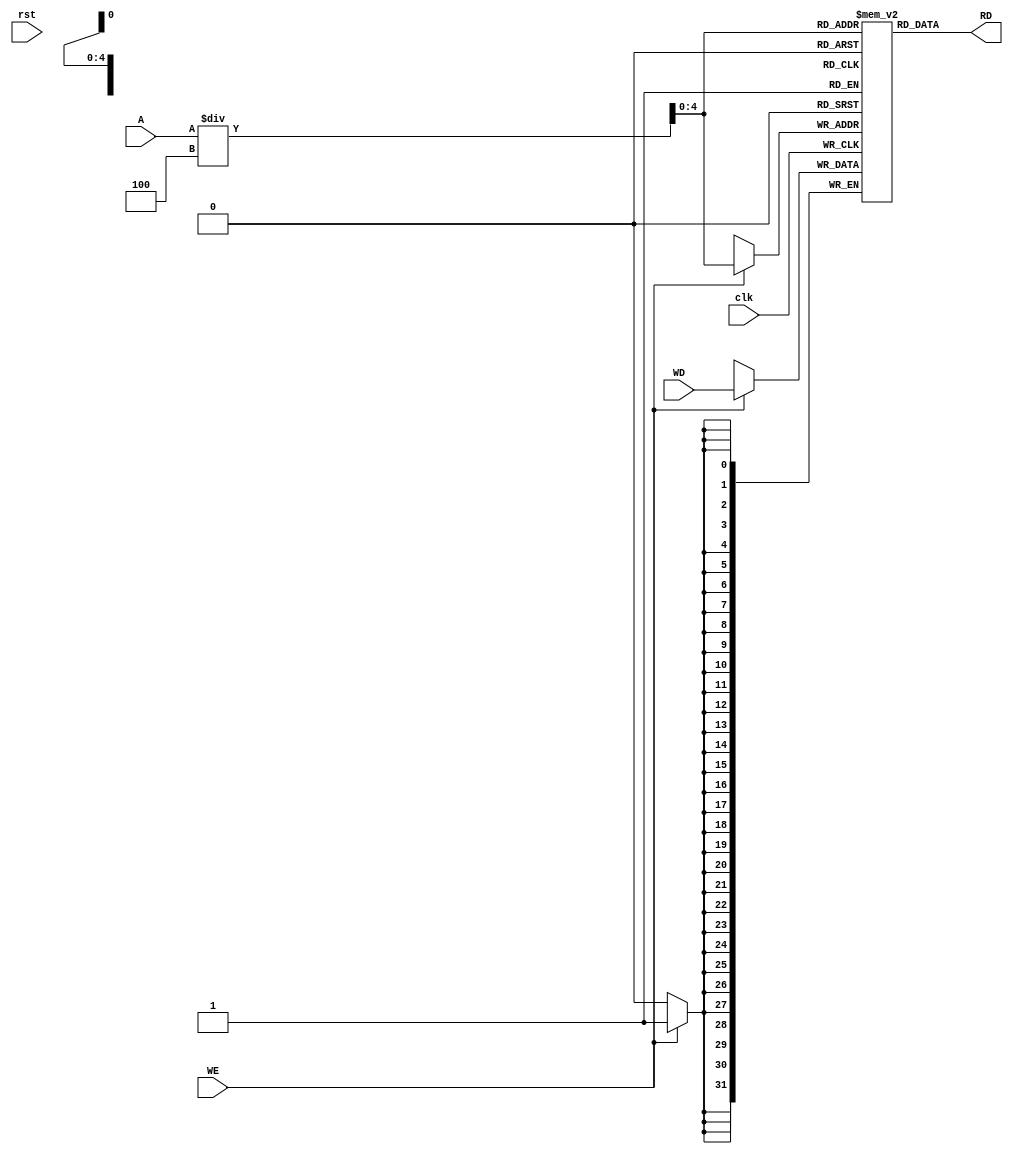
module datamem (
    input [31:0] WD,
    input [31:0] A,
    input clk,WE,rst,
    output reg [31:0] RD
);
    reg [31:0] Data_Mem [0:31];
initial begin
       Data_Mem[0] <= 32'h0x00000005;
       Data_Mem[1] <= 32'h0xFFFFFFFB; //32'hFFC4A303; 0x8CDEFAB7
       Data_Mem[2] <= 32'h0x0000000A;
       Data_Mem[3] <= 32'h0x00000041;
       Data_Mem[4] <= 32'h0xFFFFFFDC; 
       Data_Mem[5] <= 32'h0xFFFFFF91;
       Data_Mem[6] <= 32'h0x0000004B;
       Data_Mem[7] <= 32'h0x00000059;
       Data_Mem[8] <= 32'h0x00000290;
       Data_Mem[9] <= 32'h0xFFFFFCFE; 
end
    integer i;
    always @(*) begin
        RD <= Data_Mem[A/4];
    end
    always @(posedge clk) begin
       // if (rst) begin
         //   for(i=0;i<32;i=i+1)
        //         Data_Mem[i] <= 32'd0;end
        if (WE) begin
            Data_Mem[A/4] <= WD; 
        end
    end
endmodule